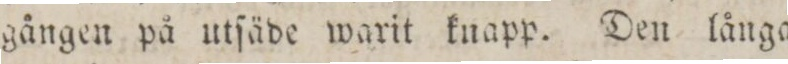
gången på utſäde warit knapp. Den långa